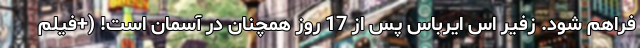
فراهم شود. زفیر اس ایرباس پس از 17 روز همچنان در آسمان است! (+فیلم